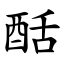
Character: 䣶